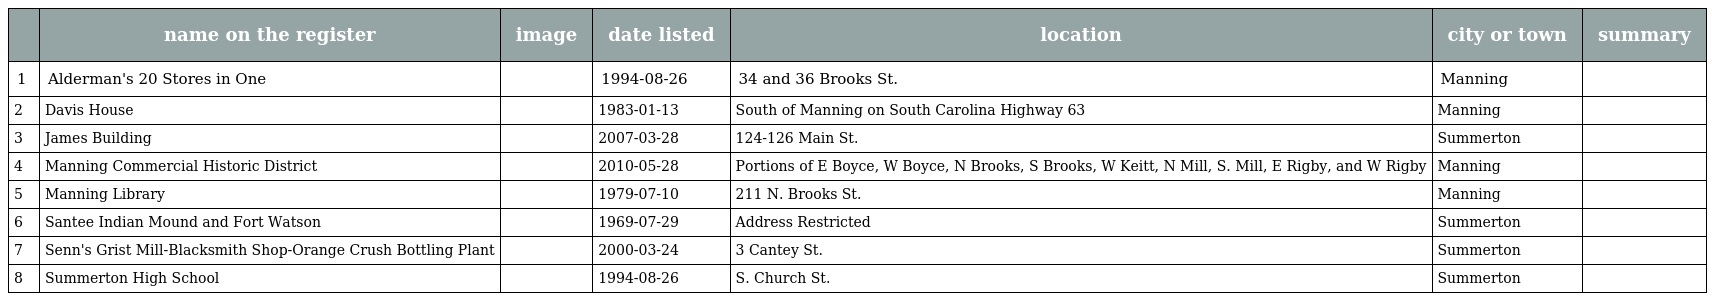
|  | name on the register | image | date listed | location | city or town | summary |
 | --- | --- | --- | --- | --- | --- | --- |
 | 1 | Alderman's 20 Stores in One |  | 1994-08-26 | 34 and 36 Brooks St. | Manning |  |
 | 2 | Davis House |  | 1983-01-13 | South of Manning on South Carolina Highway 63 | Manning |  |
 | 3 | James Building |  | 2007-03-28 | 124-126 Main St. | Summerton |  |
 | 4 | Manning Commercial Historic District |  | 2010-05-28 | Portions of E Boyce, W Boyce, N Brooks, S Brooks, W Keitt, N Mill, S. Mill, E Rigby, and W Rigby | Manning |  |
 | 5 | Manning Library |  | 1979-07-10 | 211 N. Brooks St. | Manning |  |
 | 6 | Santee Indian Mound and Fort Watson |  | 1969-07-29 | Address Restricted | Summerton |  |
 | 7 | Senn's Grist Mill-Blacksmith Shop-Orange Crush Bottling Plant |  | 2000-03-24 | 3 Cantey St. | Summerton |  |
 | 8 | Summerton High School |  | 1994-08-26 | S. Church St. | Summerton |  |